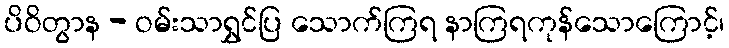
ပိဝိတွာန - ဝမ်းသာရွှင်ပြ သောက်ကြရ နာကြရကုန်သောကြောင့်၊